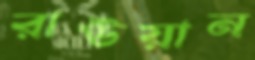
রাউয়ান